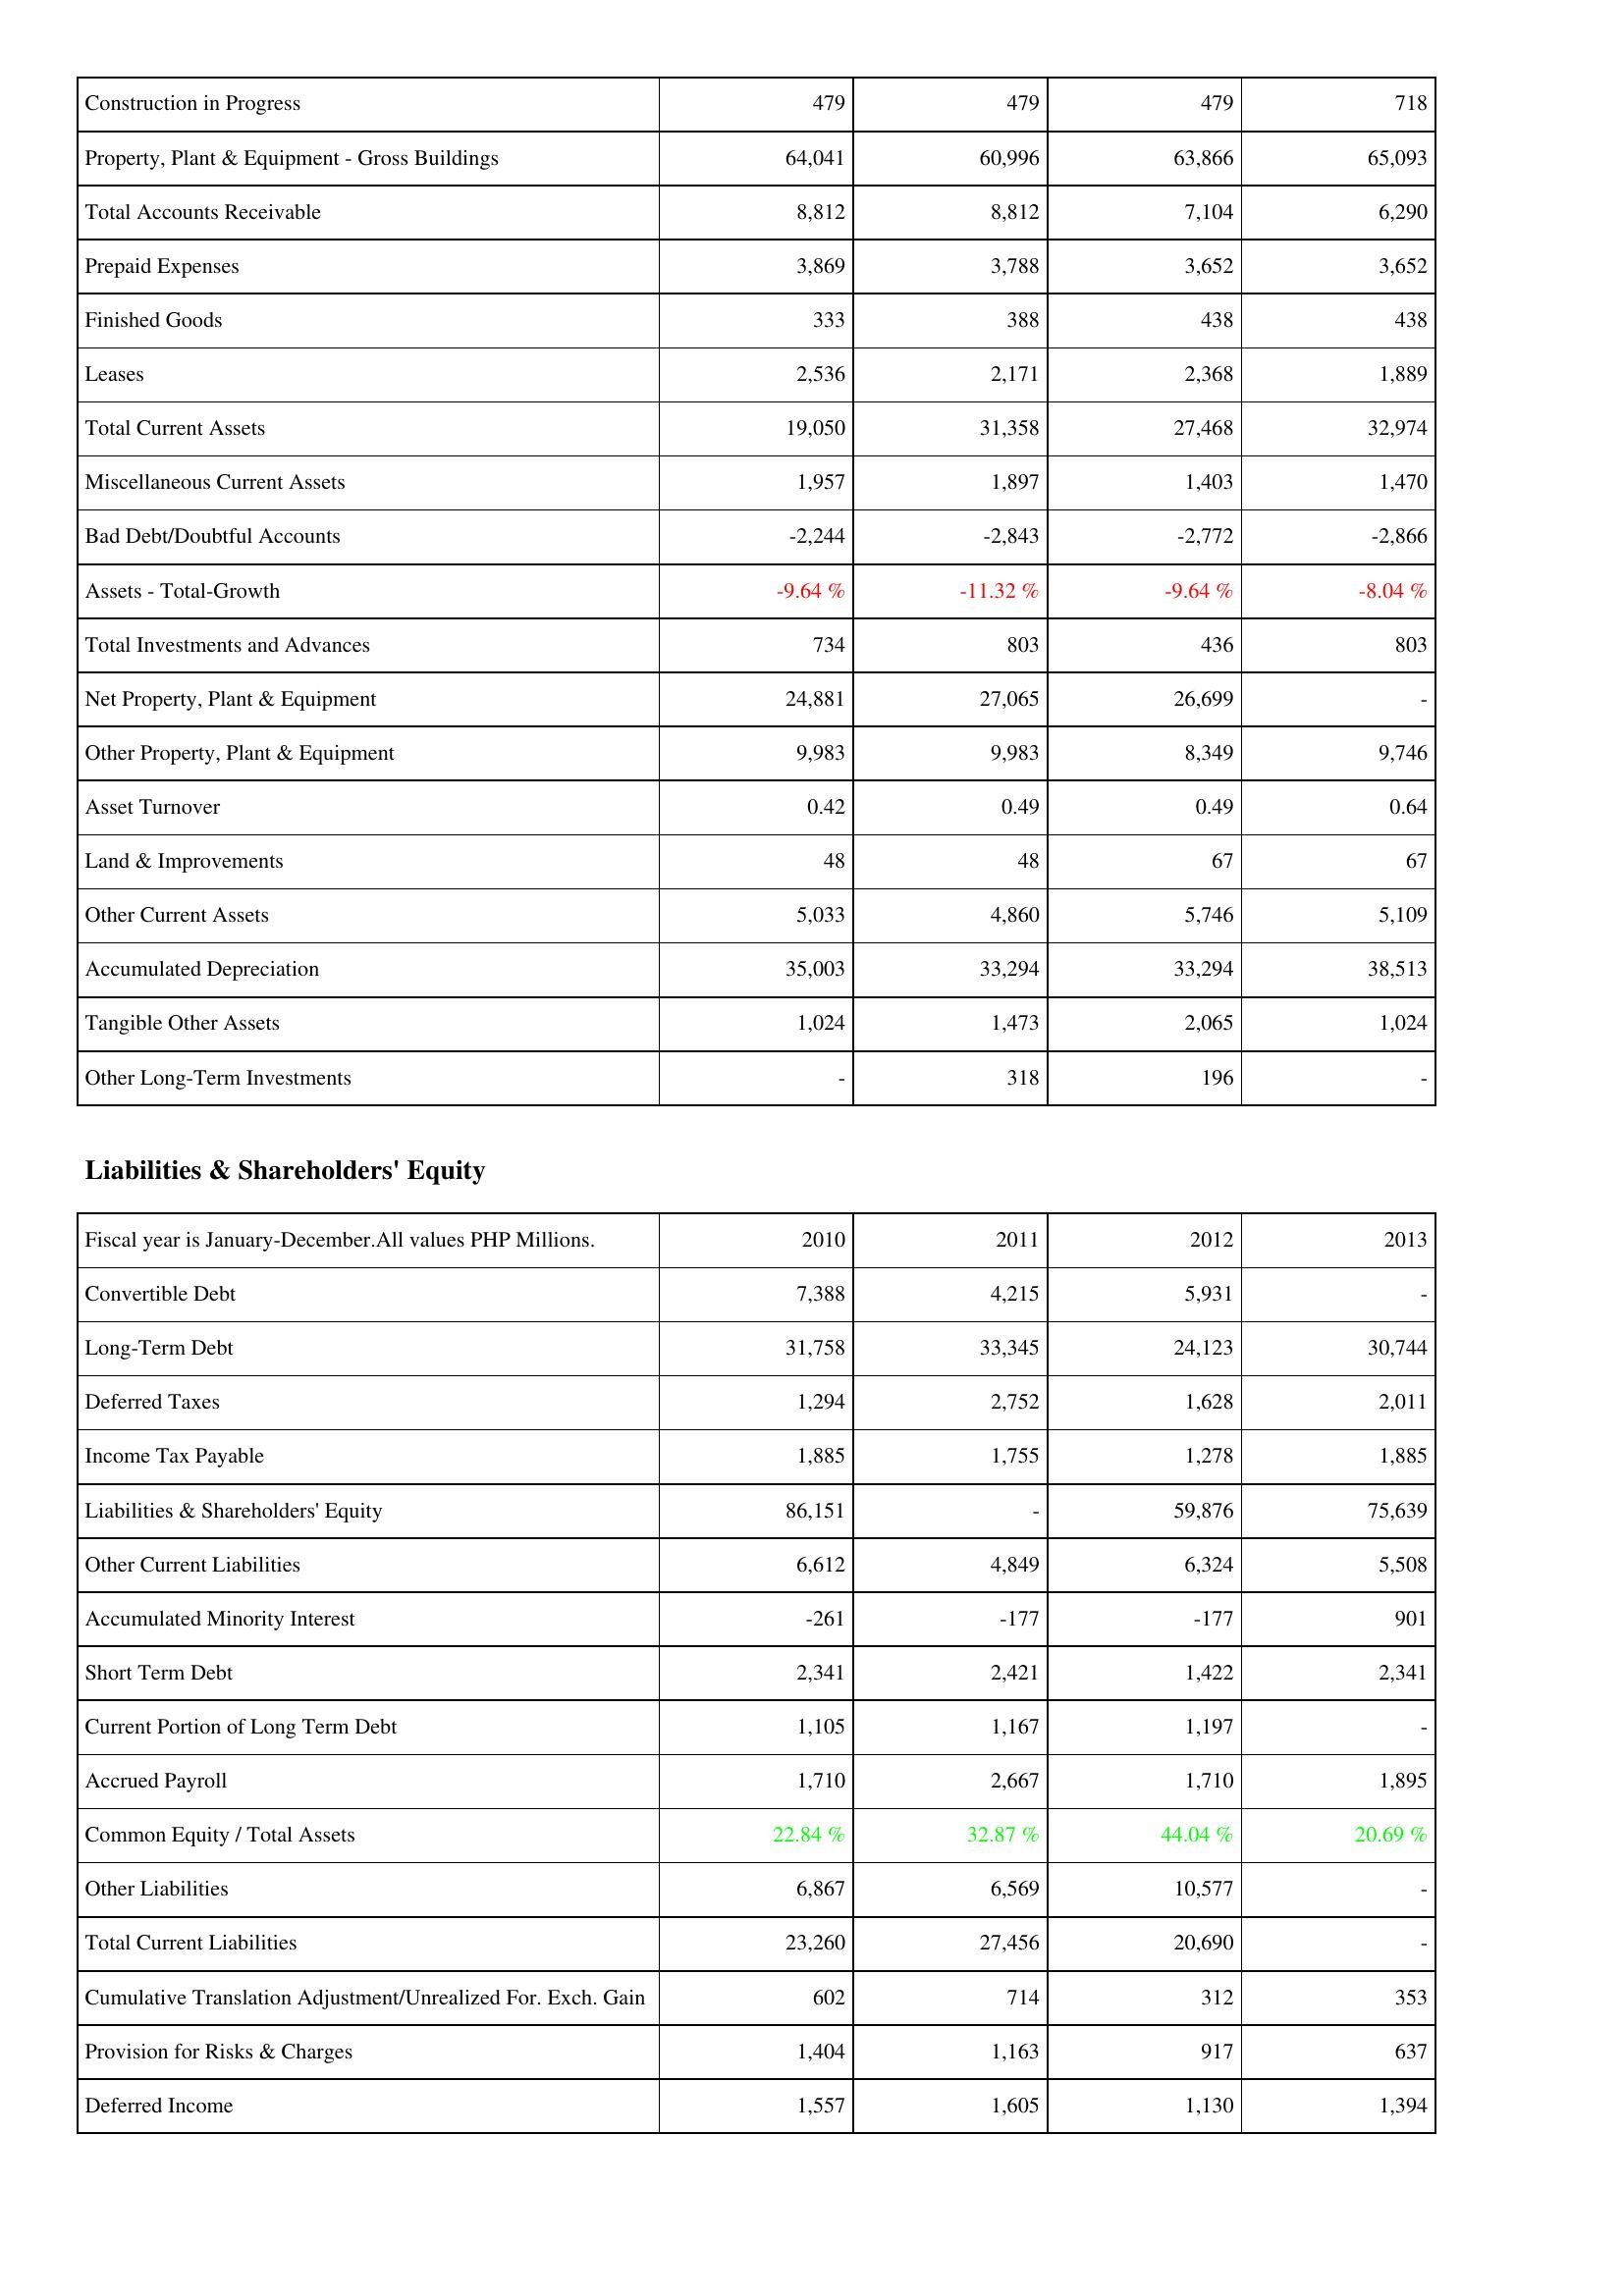
2010: Assets: Construction in Progress: 479
Property, Plant & Equipment - Gross Buildings: 64,041
Total Accounts Receivable: 8,812
Prepaid Expenses: 3,869
Finished Goods: 333
Leases: 2,536
Total Current Assets: 19,050
Miscellaneous Current Assets: 1,957
Bad Debt/Doubtful Accounts: -2,244
Assets - Total-Growth: -9.64 %
Total Investments and Advances: 734
Net Property, Plant & Equipment: 24,881
Other Property, Plant & Equipment: 9,983
Asset Turnover: 0.42
Land & Improvements: 48
Other Current Assets: 5,033
Accumulated Depreciation: 35,003
Tangible Other Assets: 1,024
Other Long-Term Investments: -
Liabilities & Shareholders' Equity: Convertible Debt: 7,388
Long-Term Debt: 31,758
Deferred Taxes: 1,294
Income Tax Payable: 1,885
Liabilities & Shareholders' Equity: 86,151
Other Current Liabilities: 6,612
Accumulated Minority Interest: -261
Short Term Debt: 2,341
Current Portion of Long Term Debt: 1,105
Accrued Payroll: 1,710
Common Equity / Total Assets: 22.84 %
Other Liabilities: 6,867
Total Current Liabilities: 23,260
Cumulative Translation Adjustment/Unrealized For. Exch. Gain: 602
Provision for Risks & Charges: 1,404
Deferred Income: 1,557
2011: Assets: Construction in Progress: 479
Property, Plant & Equipment - Gross Buildings: 60,996
Total Accounts Receivable: 8,812
Prepaid Expenses: 3,788
Finished Goods: 388
Leases: 2,171
Total Current Assets: 31,358
Miscellaneous Current Assets: 1,897
Bad Debt/Doubtful Accounts: -2,843
Assets - Total-Growth: -11.32 %
Total Investments and Advances: 803
Net Property, Plant & Equipment: 27,065
Other Property, Plant & Equipment: 9,983
Asset Turnover: 0.49
Land & Improvements: 48
Other Current Assets: 4,860
Accumulated Depreciation: 33,294
Tangible Other Assets: 1,473
Other Long-Term Investments: 318
Liabilities & Shareholders' Equity: Convertible Debt: 4,215
Long-Term Debt: 33,345
Deferred Taxes: 2,752
Income Tax Payable: 1,755
Liabilities & Shareholders' Equity: -
Other Current Liabilities: 4,849
Accumulated Minority Interest: -177
Short Term Debt: 2,421
Current Portion of Long Term Debt: 1,167
Accrued Payroll: 2,667
Common Equity / Total Assets: 32.87 %
Other Liabilities: 6,569
Total Current Liabilities: 27,456
Cumulative Translation Adjustment/Unrealized For. Exch. Gain: 714
Provision for Risks & Charges: 1,163
Deferred Income: 1,605
2012: Assets: Construction in Progress: 479
Property, Plant & Equipment - Gross Buildings: 63,866
Total Accounts Receivable: 7,104
Prepaid Expenses: 3,652
Finished Goods: 438
Leases: 2,368
Total Current Assets: 27,468
Miscellaneous Current Assets: 1,403
Bad Debt/Doubtful Accounts: -2,772
Assets - Total-Growth: -9.64 %
Total Investments and Advances: 436
Net Property, Plant & Equipment: 26,699
Other Property, Plant & Equipment: 8,349
Asset Turnover: 0.49
Land & Improvements: 67
Other Current Assets: 5,746
Accumulated Depreciation: 33,294
Tangible Other Assets: 2,065
Other Long-Term Investments: 196
Liabilities & Shareholders' Equity: Convertible Debt: 5,931
Long-Term Debt: 24,123
Deferred Taxes: 1,628
Income Tax Payable: 1,278
Liabilities & Shareholders' Equity: 59,876
Other Current Liabilities: 6,324
Accumulated Minority Interest: -177
Short Term Debt: 1,422
Current Portion of Long Term Debt: 1,197
Accrued Payroll: 1,710
Common Equity / Total Assets: 44.04 %
Other Liabilities: 10,577
Total Current Liabilities: 20,690
Cumulative Translation Adjustment/Unrealized For. Exch. Gain: 312
Provision for Risks & Charges: 917
Deferred Income: 1,130
2013: Assets: Construction in Progress: 718
Property, Plant & Equipment - Gross Buildings: 65,093
Total Accounts Receivable: 6,290
Prepaid Expenses: 3,652
Finished Goods: 438
Leases: 1,889
Total Current Assets: 32,974
Miscellaneous Current Assets: 1,470
Bad Debt/Doubtful Accounts: -2,866
Assets - Total-Growth: -8.04 %
Total Investments and Advances: 803
Net Property, Plant & Equipment: -
Other Property, Plant & Equipment: 9,746
Asset Turnover: 0.64
Land & Improvements: 67
Other Current Assets: 5,109
Accumulated Depreciation: 38,513
Tangible Other Assets: 1,024
Other Long-Term Investments: -
Liabilities & Shareholders' Equity: Convertible Debt: -
Long-Term Debt: 30,744
Deferred Taxes: 2,011
Income Tax Payable: 1,885
Liabilities & Shareholders' Equity: 75,639
Other Current Liabilities: 5,508
Accumulated Minority Interest: 901
Short Term Debt: 2,341
Current Portion of Long Term Debt: -
Accrued Payroll: 1,895
Common Equity / Total Assets: 20.69 %
Other Liabilities: -
Total Current Liabilities: -
Cumulative Translation Adjustment/Unrealized For. Exch. Gain: 353
Provision for Risks & Charges: 637
Deferred Income: 1,394